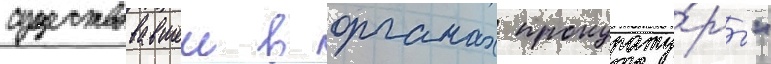
существовавшеи в органах прокурату́ры"